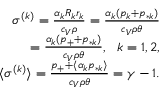
\begin{array} { r } { \sigma ^ { ( k ) } = \frac { \alpha _ { k } R _ { k } r _ { k } } { c _ { V } \rho } = \frac { \alpha _ { k } ( p _ { k } + p _ { * k } ) } { c _ { V } \rho \theta } } \\ { = \frac { \alpha _ { k } ( p _ { + } + p _ { * k } ) } { c _ { V } \rho \theta } , \ \ k = 1 , 2 , } \\ { \langle \sigma ^ { ( k ) } \rangle = \frac { p _ { + } + \langle \alpha _ { k } p _ { * k } \rangle } { c _ { V } \rho \theta } = \gamma - 1 . } \end{array}